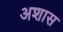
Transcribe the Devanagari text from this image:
अशास